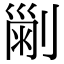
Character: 𠞤